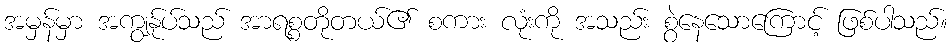
အမှန်မှာ အကျွန်ုပ်သည် အာရစ္စတိုတယ်၏ စကား လုံးကို အသည်း စွဲနေသောကြောင့် ဖြစ်ပါသည်။